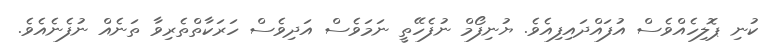
ކުނި ޕޮލިހެއްވެސް އުފައްދައިފިއެވެ. ޔުނިފޯމް ނުފެހޭތީ ނަަމަވެސް އަދިވެސް ހަރަކާތްތެރިވާ ތަނެއް ނުފެނެއެވެ.